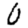
Digit: 0